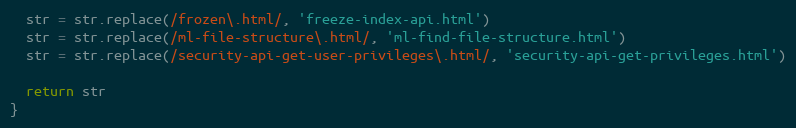
Language: JavaScript
  str = str.replace(/frozen\.html/, 'freeze-index-api.html')
  str = str.replace(/ml-file-structure\.html/, 'ml-find-file-structure.html')
  str = str.replace(/security-api-get-user-privileges\.html/, 'security-api-get-privileges.html')

  return str
}